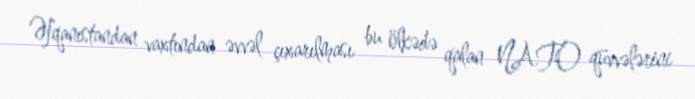
Əfqanıstandan vaxtından əvvəl çıxarılması bu ölkədə qalan NATO qüvvələrini